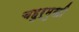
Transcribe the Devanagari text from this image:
चहुर्मुखी